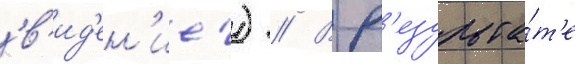
'в'ид'ен'ие') // В р'езульта́т'е